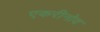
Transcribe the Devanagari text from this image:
एकरीनोव